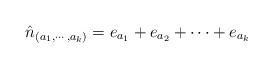
LaTeX: \begin{align*}\hat n_{(a_1,\cdots,a_k)}=e_{a_1}+e_{a_2}+\cdots+e_{a_k}\end{align*}